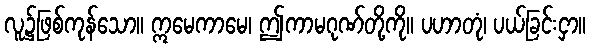
လူ၌ဖြစ်ကုန်သော။ ဣမေကာမေ၊ ဤကာမဂုဏ်တို့ကို။ ပဟာတုံ၊ ပယ်ခြင်းငှာ။